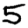
Digit: 5